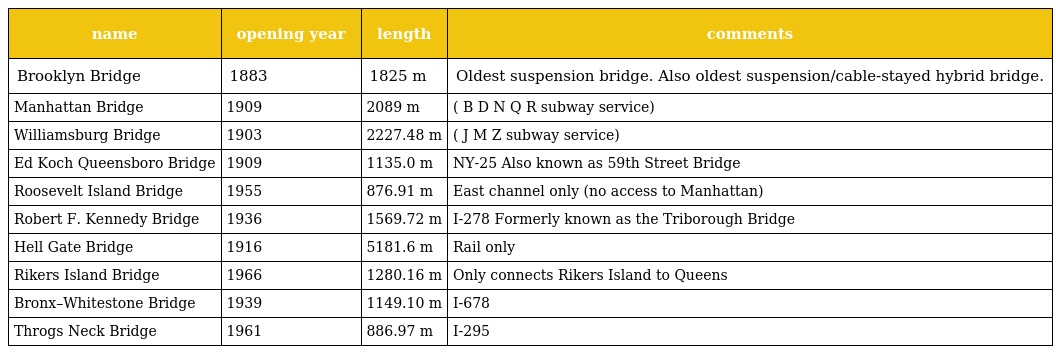
| name | opening year | length | comments |
 | --- | --- | --- | --- |
 | Brooklyn Bridge | 1883 | 1825 m | Oldest suspension bridge. Also oldest suspension/cable-stayed hybrid bridge. |
 | Manhattan Bridge | 1909 | 2089 m | ( B D N Q R subway service) |
 | Williamsburg Bridge | 1903 | 2227.48 m | ( J M Z subway service) |
 | Ed Koch Queensboro Bridge | 1909 | 1135.0 m | NY-25 Also known as 59th Street Bridge |
 | Roosevelt Island Bridge | 1955 | 876.91 m | East channel only (no access to Manhattan) |
 | Robert F. Kennedy Bridge | 1936 | 1569.72 m | I-278 Formerly known as the Triborough Bridge |
 | Hell Gate Bridge | 1916 | 5181.6 m | Rail only |
 | Rikers Island Bridge | 1966 | 1280.16 m | Only connects Rikers Island to Queens |
 | Bronx–Whitestone Bridge | 1939 | 1149.10 m | I-678 |
 | Throgs Neck Bridge | 1961 | 886.97 m | I-295 |